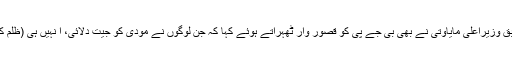
ادھر اتر پردیش کی سابق وزیراعلی مایاوتی نے بھی بی جے پی کو قصور وار ٹھہراتے ہوئے کہا کہ جن لوگوں نے مودی کو جیت دلائی، ا نہیں ہی (ظلم کا) نشانہ بنا یا جا رہے۔